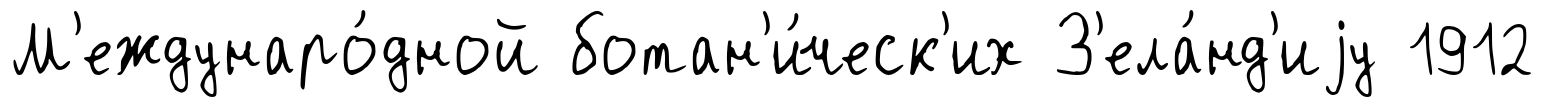
М'еждунаро́дной ботан'и́ческ'их З'ела́нд'иjу 1912